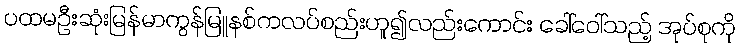
ပထမဦးဆုံးမြန်မာကွန်မြူနစ်ကလပ်စည်းဟူ၍လည်းကောင်း ခေါ်ဝေါ်သည့် အုပ်စုကို